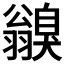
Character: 𦒥